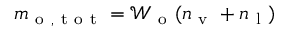
m _ { \mathrm { ~ o ~ , ~ t ~ o ~ t ~ } } = \mathcal { W } _ { \mathrm { ~ o ~ } } ( n _ { \mathrm { ~ v ~ } } + n _ { \mathrm { ~ l ~ } } )